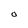
Character: O